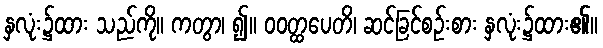
နှလုံး၌ထား သည်ကို။ ကတွာ၊ ၍။ ဝဝတ္ထပေတိ၊ ဆင်ခြင်စဉ်းစား နှလုံး၌ထား၏။